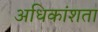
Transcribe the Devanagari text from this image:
अधिकांशता